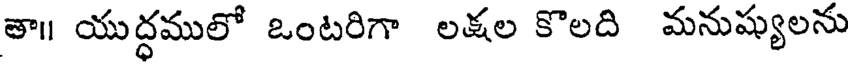
తా॥ యుద్ధములో ఒంటరిగా లక్షల కొలది మనుష్యులను